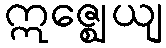
ဣဇ္ဈေယျ